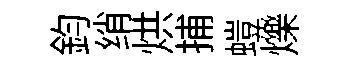
鈞绡烘捕螘爍